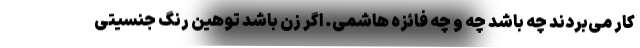
کار می‌بردند چه باشد چه و چه فائزه هاشمی. اگر زن باشد توهین رنگ جنسیتی